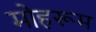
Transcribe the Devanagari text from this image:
मोहरूम